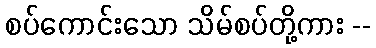
စပ်ကောင်းသော သိမ်စပ်တို့ကား --